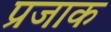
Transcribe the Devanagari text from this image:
प्रजाक